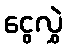
ငွေလွှဲ